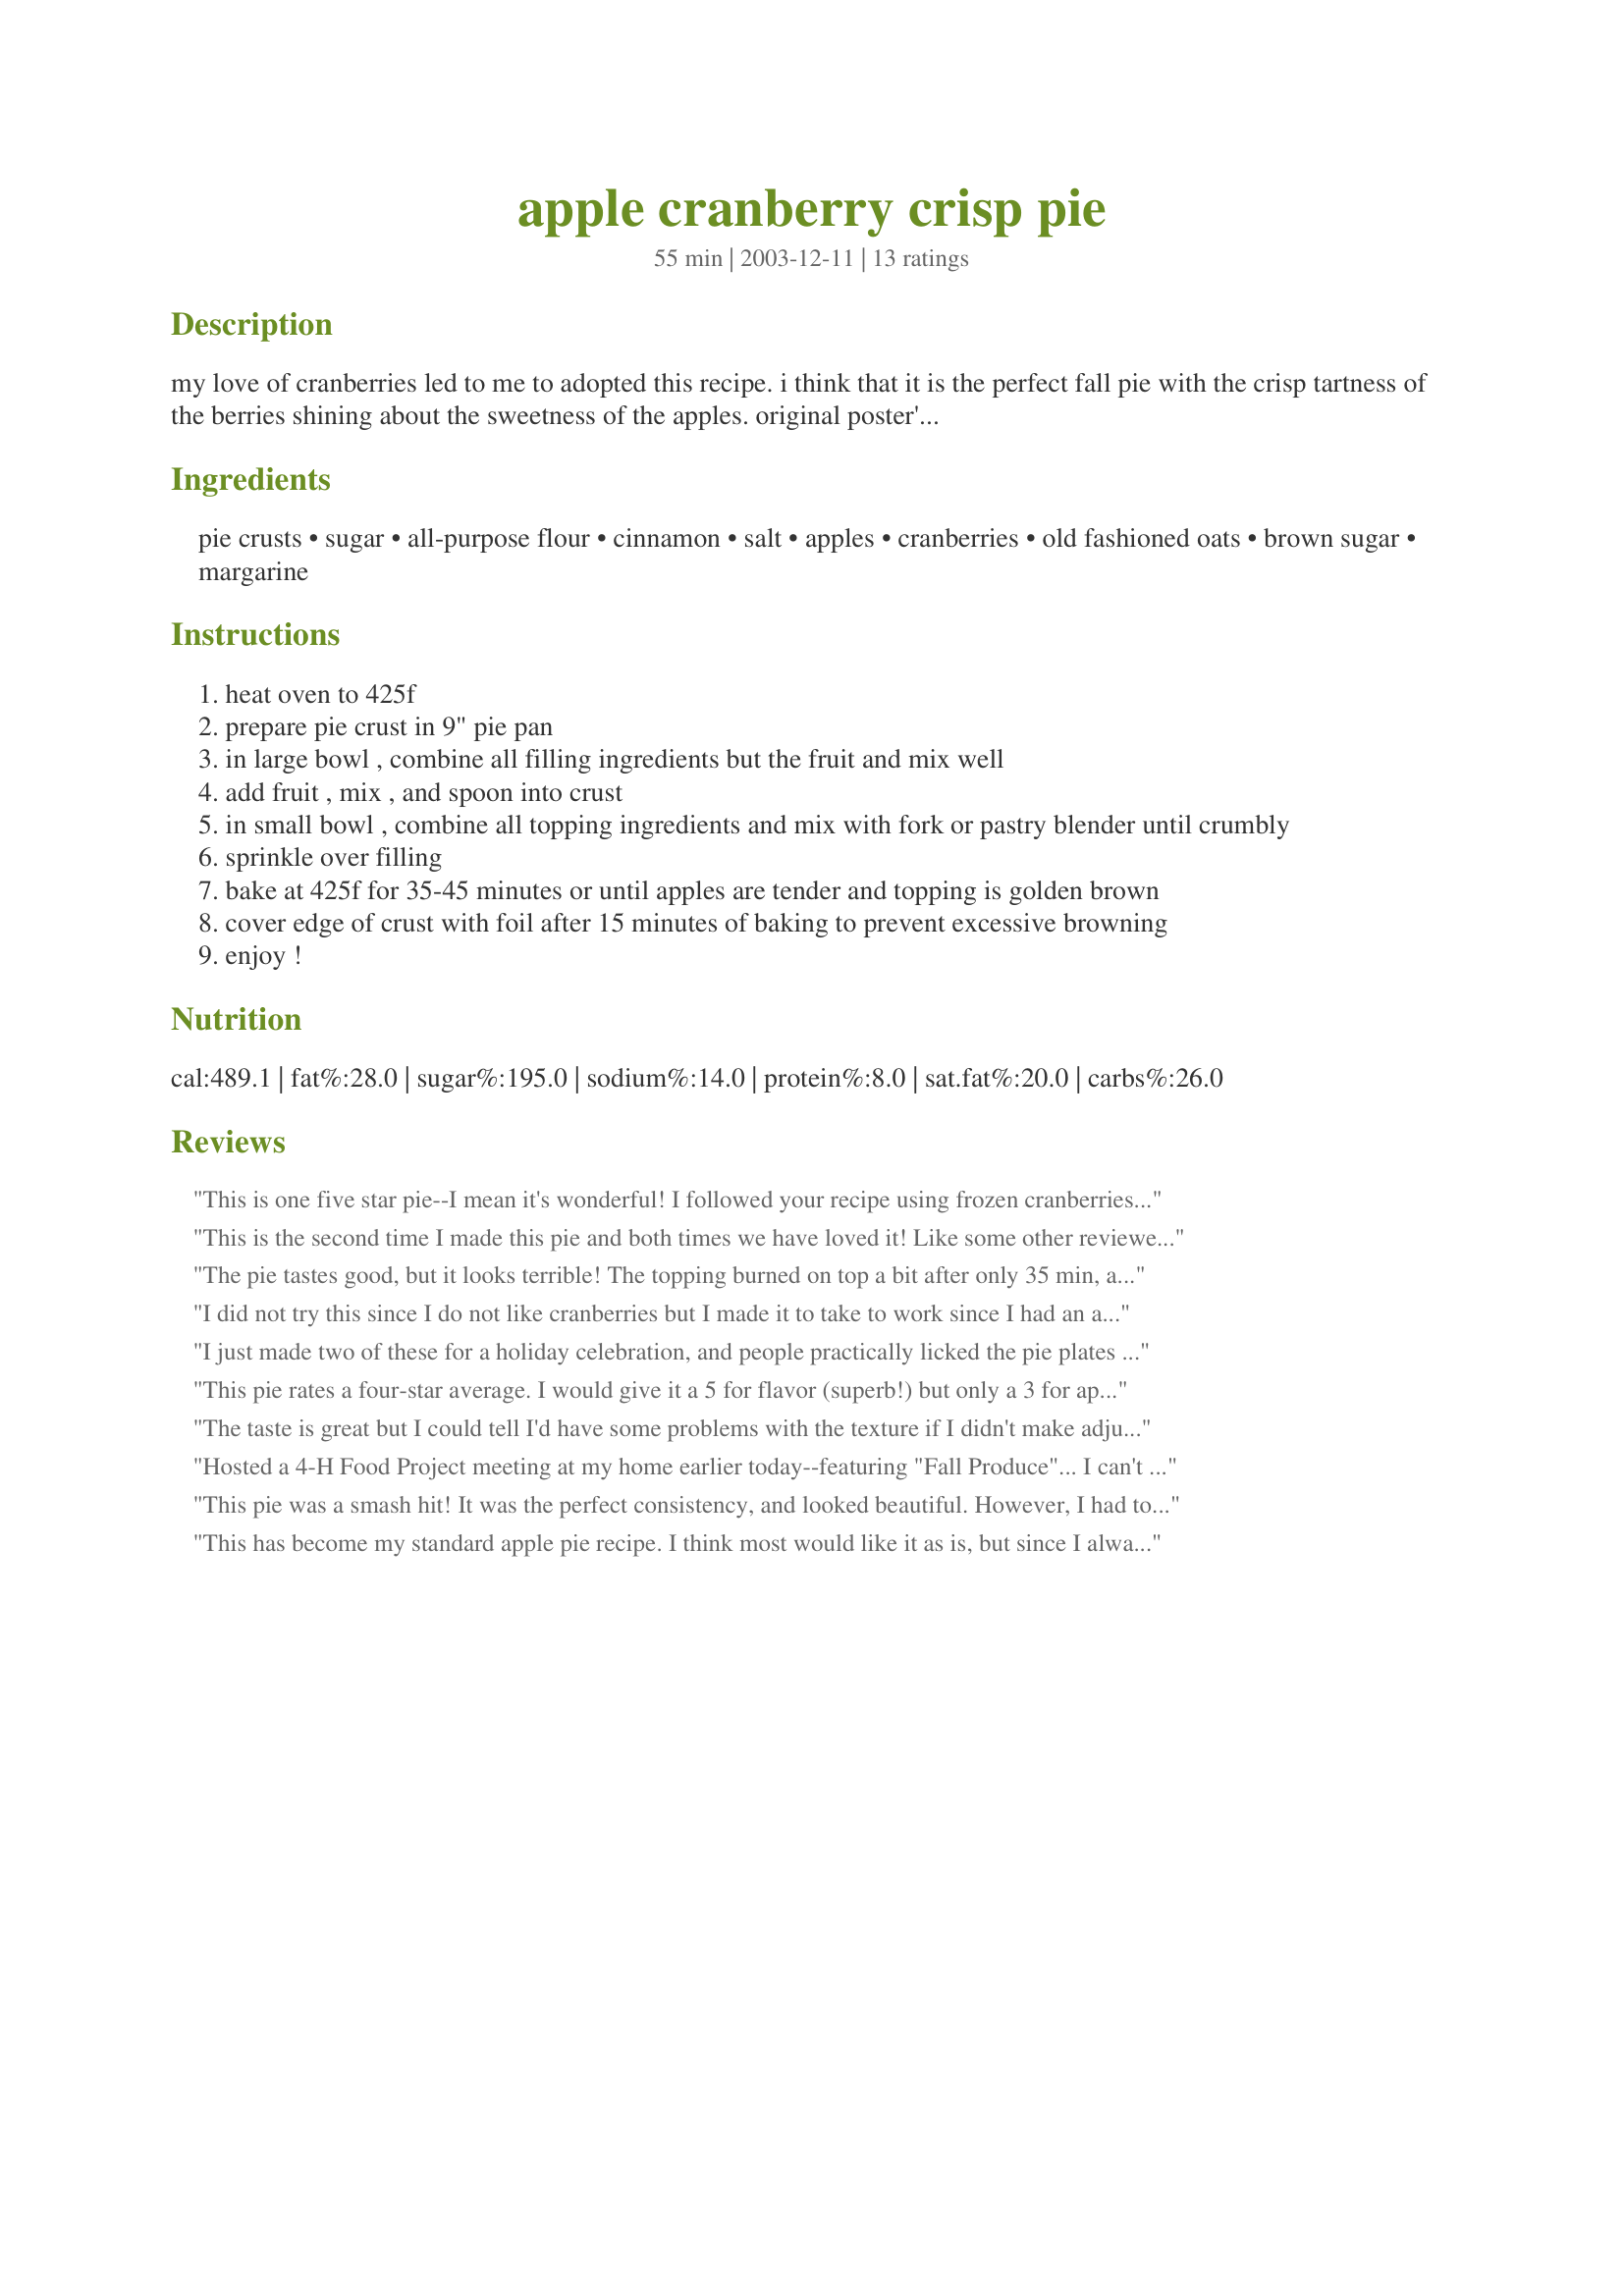
apple cranberry crisp pie
Preparation time: 55 minutes

my love of cranberries led to me to adopted this recipe. i think that it is the perfect fall pie with the crisp tartness of the berries shining about the sweetness of the apples. original poster's comments: "found this in the sunday paper in the coupon section and it's become a huge hit. i'm not usually a fan of cranberries, but i like the flavor of this pie! i hope you like it, too!"

Ingredients:
pie crusts, sugar, all-purpose flour, cinnamon, salt, apples, cranberries, old fashioned oats, brown sugar, margarine

Steps:
heat oven to 425f
prepare pie crust in 9" pie pan
in large bowl , combine all filling ingredients but the fruit and mix well
add fruit , mix , and spoon into crust
in small bowl , combine all topping ingredients and mix with fork or pastry blender until crumbly
sprinkle over filling
bake at 425f for 35-45 minutes or until apples are tender and topping is golden brown
cover edge of crust with foil after 15 minutes of baking to prevent excessive browning
enjoy !

Reviews:
This is one five star pie--I mean it's wonderful! I followed your recipe using frozen cranberries. I wouldn't change a thing. The filling is not overly sweet, but sweet enough. The topping is excellent. My DH says this absolutely the best apple pie he's ever tasted. I'll be making this one again and again. Thanks for posting this recipe.
This is the second time I made this pie and both times we have loved it! Like some other reviewers commented, it is a little "soupy" and runny when you serve it, so it isn't very pretty, but for my family it's all about the taste and this pie is amazing! We used sweet apples (Gala) to contrast with the tart cranberries and it was perfect. I would maybe try adding some cornstarch to the flour/cinnamon mixture and maybe dot the pie with butter before I top with the crisp, but you can't beat the flavor, so that's 5 stars in my household!!
The pie tastes good, but it looks terrible! The topping burned on top a bit after only 35 min, and the filling was very runny. Maybe I shouldn't have used frozen cranberries.
I did not try this since I do not like cranberries but I made it to take to work since I had an abundance of apples to use & some cranberries left over & they enjoyed it. Thank you for sharing.
I just made two of these for a holiday celebration, and people practically licked the pie plates clean. One of our guests said it was simply the best dessert she has ever had (and she is no spring chicken). I served the pies warm, accompanied by hot tea, and they were delicious. The only downside was that I only had a very small piece for myself. ;-)

One other thing: I used about 6 large apples for each pie, slicing them fine on the grater, and packed the slices into the measuring cups. It may well have been that I used more apples than called for but, again, it was delicious. Also, I used frozen pie crusts to save time.
This pie rates a four-star average. I would give it a 5 for flavor (superb!) but only a 3 for appearance. Like another of the reviewers, I cut the beautiful pie and it was apple cranberry soup inside. As a result, it served poorly. It looked more like apple cranberry crisp without the pie and should have probably been served in a bowl. I'm not sure if adding more flour would help as there isn't really much fat in the pie itself to help with the thickening process. We served this warm (30 seconds in the microwave) with vanilla bean ice cream and the flavor was wonderful, but it was quite messy. Not sure I will try this again... might just go for the "crisp" and forget about the "pie".
The taste is great but I could tell I'd have some problems with the texture if I didn't make adjustments, which is why I'm not doing a star rating. I used dried cranberries that I plumped up with a bit of boiling water, then drained. That way they sweetened the filling slightly and didn't release liquid. I also used an extra apple and used ground oats in the filling which really soak up the liquid well.
Hosted a 4-H Food Project meeting at my home earlier today--featuring "Fall Produce"... I can't comment on the taste, since the girl took it home to her family, but I really WISH I could've tasted it...it looked beautiful--and the smell was exquisite! We used locally-grown Gala apples, as well as fresh, grown-in-Wisconsin cranberries....and made the recipe as written. Turned out beautifully. Well done, Ms. Bold!
This pie was a smash hit! It was the perfect consistency, and looked beautiful. However, I had to make a few modifications, according to Kittencalskitchen and recipe #148890: 1. I defrosted and slightly cooked the cranberries in the microwave, and added 2 tbsp of the cinnamon/flour/sugar/salt mixture to them. 2. I added 1 tbsp of lemon to the apple slices (I used granny smith). 3. I brushed the top of the bottom crust with one egg white to prevent it from getting soggy. 4. I dotted the pie with 1 tbsp of butter before adding the top crust. 5. I brushed the top crust with milk, and sprinkled it with 1 tbsp sugar, 1/2 tsp cinnamon. 6. I baked it at 425 for 15 min., then added a crust protector, and baked at 375 for 30 min. Hope this helps!
This has become my standard apple pie recipe. I think most would like it as is, but since I always have to be miss healthy :) I reduce the sugar. I think I use about 1/3 -1/2 cup for this one. The topping has enough sweetness to balance out the cranberries even when I cut the sugar. Thanks for a great recipe that I have made often!
Oh, MAN!! This is a definite keeper. This pie was so good even my kids liked it. Slightly tart, and the apples aren't so cooked that they're mushy. We made it with Splenda and SugarTwin Brown sugar substitute, and you'd never know. Great recipe! Thanks for sharing.
This was a great dessert! Just the right amount of sugar with the apples and 1 cup fresh cranberries in the filling, the added sweetness of the topping made this perfect! Served with a little vanilla ice cream. A beautiful thing!! Thanks.......
This came out of the oven and looked beautiful; however, when I cut into it I found it be a little "soupy" and it didn't hold together well. I think I will try using more an additional tablespoon of flour and maybe another apple next time. Everyone thought it was very tasty. I dusted each serving with powdered sugar.
